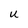
Character: U